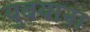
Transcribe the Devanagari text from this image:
युबयाना